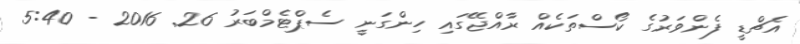
އެޗްޑީ ފެންވަރުގެ ކޯސްތަކެއް ރާއްޖޭގައި ހިންގަނީ ސެޕްޓެމްބަރު 26